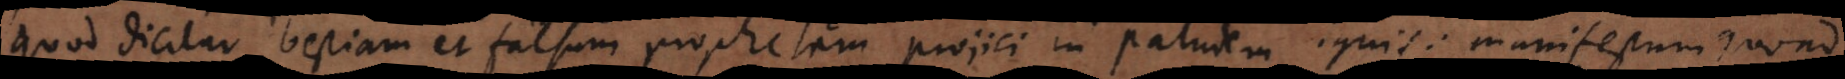
Quod dicitur bestiam et falsum prophetam projici in paludem ignis: manifestum quoad